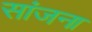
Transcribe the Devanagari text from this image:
सांजना